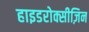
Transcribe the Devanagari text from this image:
हाइडरोक्सीज़िन